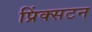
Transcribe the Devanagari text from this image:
प्रिंक्सटन